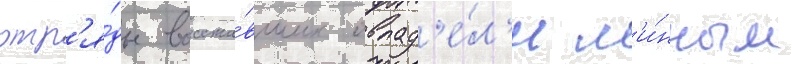
отр'я́ды восста́вших овлад'е́л'и м'и́нным